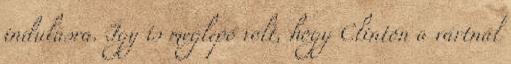
indulásra. Így is meglepő volt, hogy Clinton a vártnál